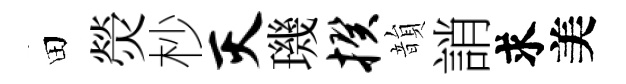
田熒杪灭璣揆韻誚求美